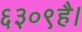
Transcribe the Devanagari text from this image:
६३०९है।